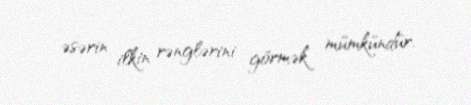
əsərin ilkin rənglərini görmək mümkündür.